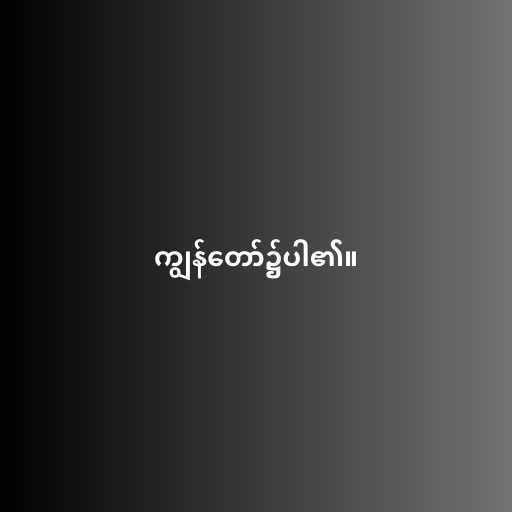
ကျွန်တော်၌ပါ၏။